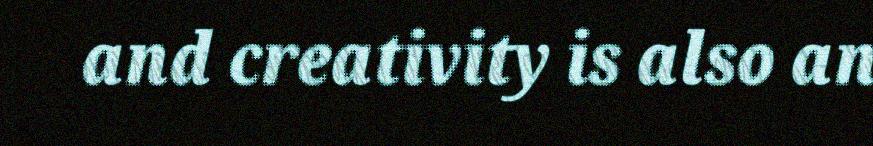
and creativity is also an